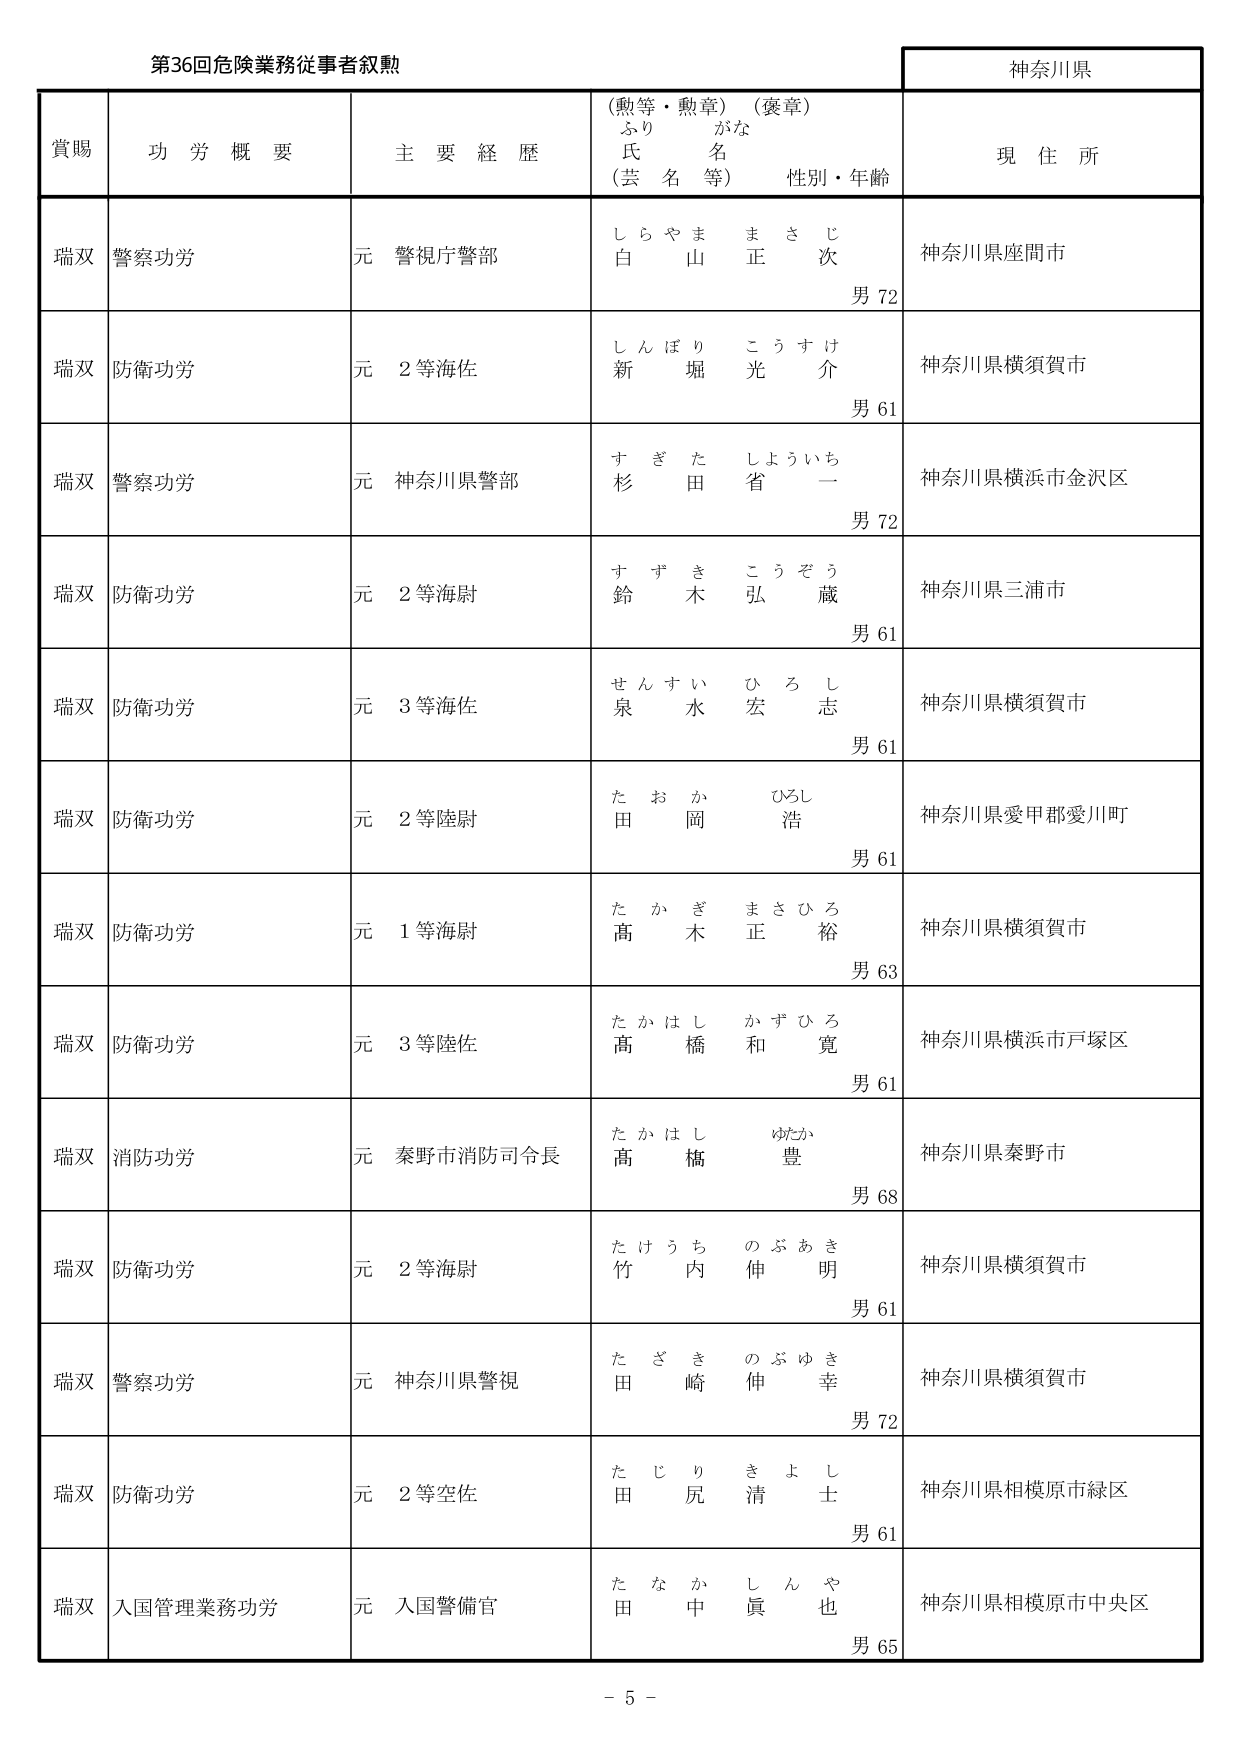
第36回危険業務従事者叙勲

神奈川県

賞賜　　功労概要　　主要経歴　　（勲等・勲章）（褒章）　　現住所
　　　　　　　　　　　　ふりがな
　　　　　　　　　　　　氏名
　　　　　　　　　　　　（芸名等）　　性別・年齢

瑞双　警察功労　　元 警視庁警部　　しらやま まさじ　　神奈川県座間市
　　　　　　　　　　　　　　　　　　白山 正次　　男 72

瑞双　防衛功労　　元 2等海佐　　しんぼり こうすけ　　神奈川県横須賀市
　　　　　　　　　　　　　　　　　　新堀 光介　　男 61

瑞双　警察功労　　元 神奈川県警部　　すぎた しょういち　　神奈川県横浜市金沢区
　　　　　　　　　　　　　　　　　　杉田 省一　　男 72

瑞双　防衛功労　　元 2等海尉　　すずき こうぞう　　神奈川県三浦市
　　　　　　　　　　　　　　　　　　鈴木 弘蔵　　男 61

瑞双　防衛功労　　元 3等海佐　　せんすい ひろし　　神奈川県横須賀市
　　　　　　　　　　　　　　　　　　泉水 宏志　　男 61

瑞双　防衛功労　　元 2等陸尉　　たおか ひろし　　神奈川県愛甲郡愛川町
　　　　　　　　　　　　　　　　　　田岡 浩　　男 61

瑞双　防衛功労　　元 1等海尉　　たかぎ まさひろ　　神奈川県横須賀市
　　　　　　　　　　　　　　　　　　高木 正裕　　男 63

瑞双　防衛功労　　元 3等陸佐　　たかはし かずひろ　　神奈川県横浜市戸塚区
　　　　　　　　　　　　　　　　　　高橋 和寛　　男 61

瑞双　消防功労　　元 秦野市消防司令長　　たかはし ゆたか　　神奈川県秦野市
　　　　　　　　　　　　　　　　　　高橋 豊　　男 68

瑞双　防衛功労　　元 2等海尉　　たけうち のぶあき　　神奈川県横須賀市
　　　　　　　　　　　　　　　　　　竹内 伸明　　男 61

瑞双　警察功労　　元 神奈川県警視　　たざき のぶゆき　　神奈川県横須賀市
　　　　　　　　　　　　　　　　　　田崎 伸幸　　男 72

瑞双　防衛功労　　元 2等空佐　　たじり きよし　　神奈川県相模原市緑区
　　　　　　　　　　　　　　　　　　田尻 清士　　男 61

瑞双　入国管理業務功労　　元 入国警備官　　たなか しんや　　神奈川県相模原市中央区
　　　　　　　　　　　　　　　　　　田中 眞也　　男 65

－ 5 －